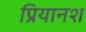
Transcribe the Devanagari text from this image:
प्रियानश